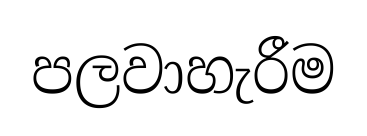
පලවාහැරීම